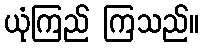
ယုံကြည် ကြသည်။